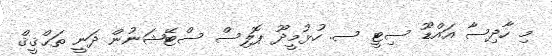
މި ހާދިސާ އައްޑޫ ސިޓީ ސ. ހުޅުމީދޫ ޕޮލިސް ސްޓޭޝަނުން ދަނީ ތަޙްޤީޤް